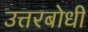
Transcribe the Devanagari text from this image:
उत्तरबोधी